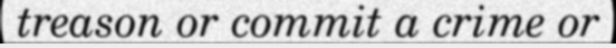
treason or commit a crime or